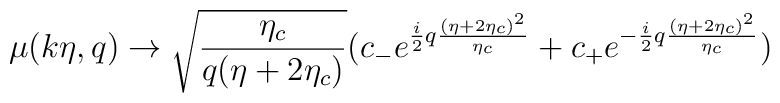
\mu(k\eta, q) \rightarrow \sqrt{\frac{\eta_c}{q(\eta+2\eta_c)}}( c_{-} e ^{\frac{i}{2}q\frac{(\eta + 2\eta_c)^2}{\eta_c}} +c_{+}  e ^{-\frac{i}{2}q\frac{(\eta + 2\eta_c)^2}{\eta_c}})